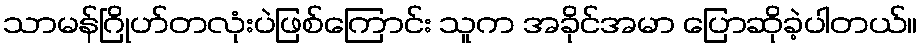
သာမန်ဂြိုဟ်တလုံးပဲဖြစ်ကြောင်း သူက အခိုင်အမာ ပြောဆိုခဲ့ပါတယ်။